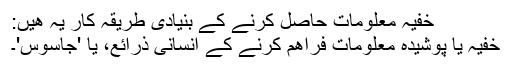
خفيہ معلومات حاصل کرنے کے بنيادی طريقہ کار يہ ھيں:
خفيہ يا پوشيدہ معلومات فراھم کرنے کے انسانی ذرائع، يا 'جاسوس'۔